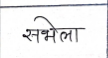
मजकूर: सभेला